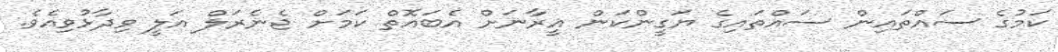
ކަމުގެ ސައްތައިން ސައްތައިގެ ޔަގީންކަން އީރާނަށް އެބައޮތް ކަމަށް ޖެނެރަލް އަލީ ވިދާޅުވިއެވެ.